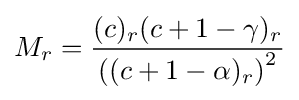
M_{r}={\frac {(c)_{r}(c+1-\gamma )_{r}}{\left((c+1-\alpha )_{r}\right)^{2}}}